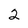
Character: 2